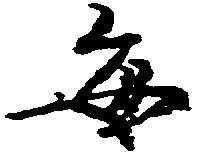
毎